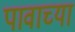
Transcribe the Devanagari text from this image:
पावाच्या